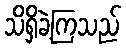
သိရှိခဲ့ကြသည်